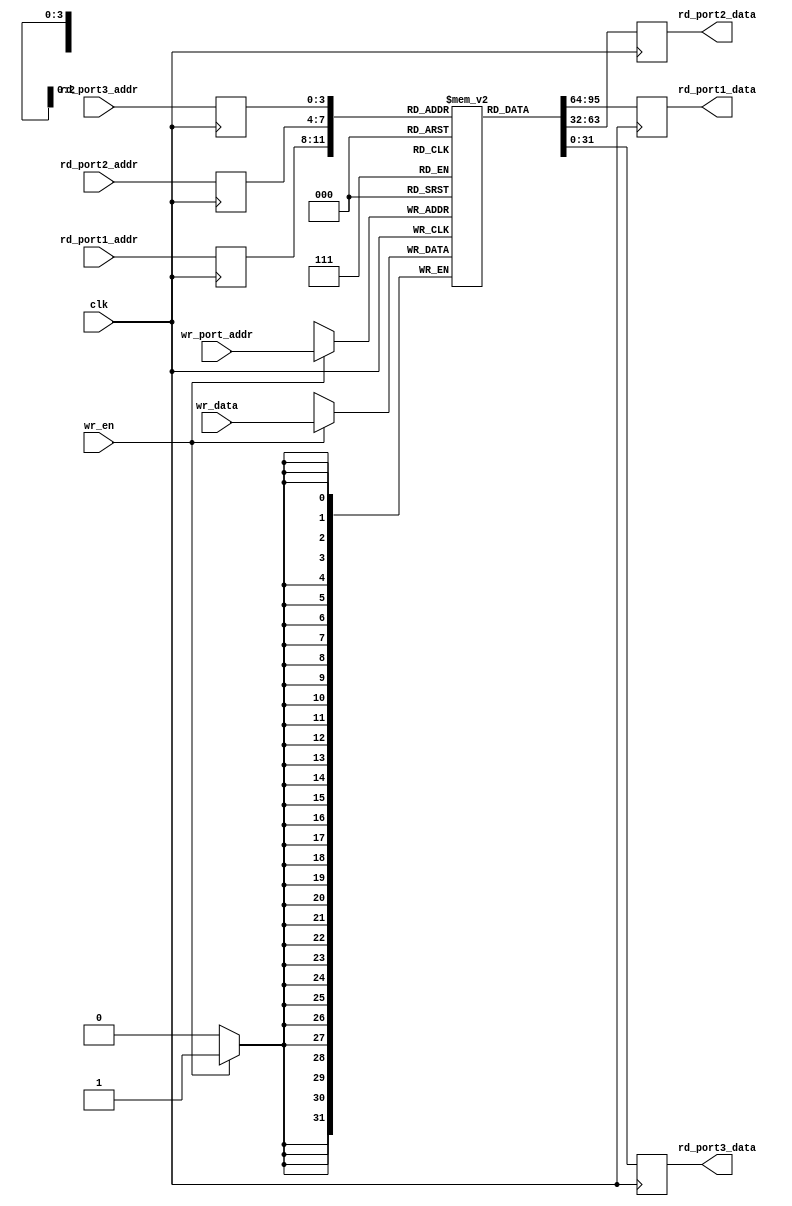
module register_file (
    input wire clk,
    input wire [3:0] rd_port1_addr,
    input wire [3:0] rd_port2_addr,
    input wire [3:0] rd_port3_addr,
    input wire [3:0] wr_port_addr,
    input wire [31:0] wr_data,
    input wire wr_en,
    output reg [31:0] rd_port1_data,
    output reg [31:0] rd_port2_data,
    output reg [31:0] rd_port3_data
);

reg [31:0] memory [15:0];
reg [15:0] rd_port1_addr_reg, rd_port2_addr_reg, rd_port3_addr_reg;

always @(posedge clk) begin
    rd_port1_data <= memory[rd_port1_addr_reg];
    rd_port2_data <= memory[rd_port2_addr_reg];
    rd_port3_data <= memory[rd_port3_addr_reg];
    
    if (wr_en) begin
        memory[wr_port_addr] <= wr_data;
    end
    
    rd_port1_addr_reg <= rd_port1_addr;
    rd_port2_addr_reg <= rd_port2_addr;
    rd_port3_addr_reg <= rd_port3_addr;
end

endmodule